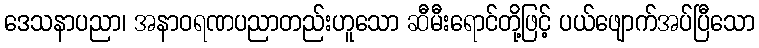
ဒေသနာပညာ၊ အနာဝရဏပညာတည်းဟူသော ဆီမီးရောင်တို့ဖြင့် ပယ်ဖျောက်အပ်ပြီသော